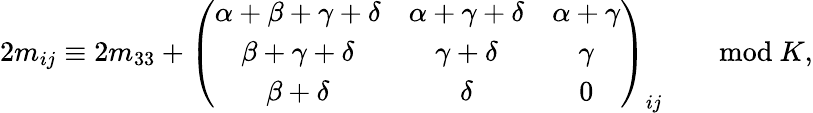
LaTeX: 2m_{ij}\equiv 2m_{33}+\left(\begin{array}{ccc}{{\alpha+\beta+\gamma+\delta}}&{{\alpha+\gamma+\delta}}&{{\alpha+\gamma}}\\ {{\beta+\gamma+\delta}}&{{\gamma+\delta}}&{{\gamma}}\\ {{\beta+\delta}}&{{\delta}}&{{0}}\end{array}\right)_{ij}\qquad\mathrm{mod}\ K,